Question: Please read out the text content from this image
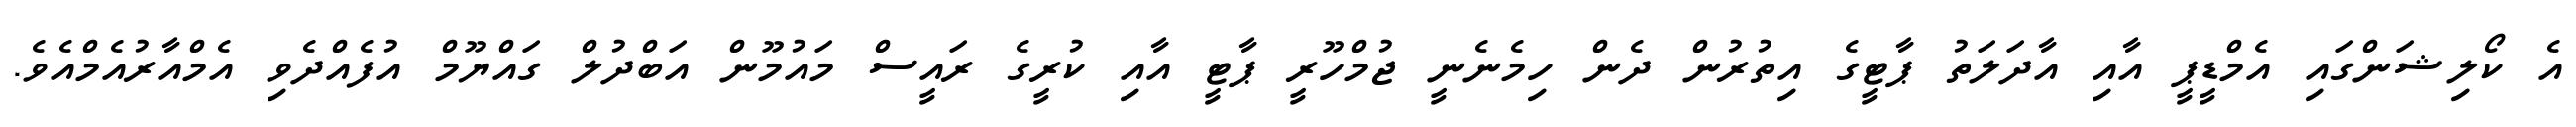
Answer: އެ ކޯލިޝަންގައި އެމްޑީޕީ އާއި އާދަލަތު ޕާޓީގެ އިތުރުން ދެން ހިމެނެނީ ޖުމްހޫރީ ޕާޓީ އާއި ކުރީގެ ރައީސް މައުމޫން އަބްދުލް ގައްޔޫމް އުފެއްދެވި އެމްއާރުއެމްއެވެ.